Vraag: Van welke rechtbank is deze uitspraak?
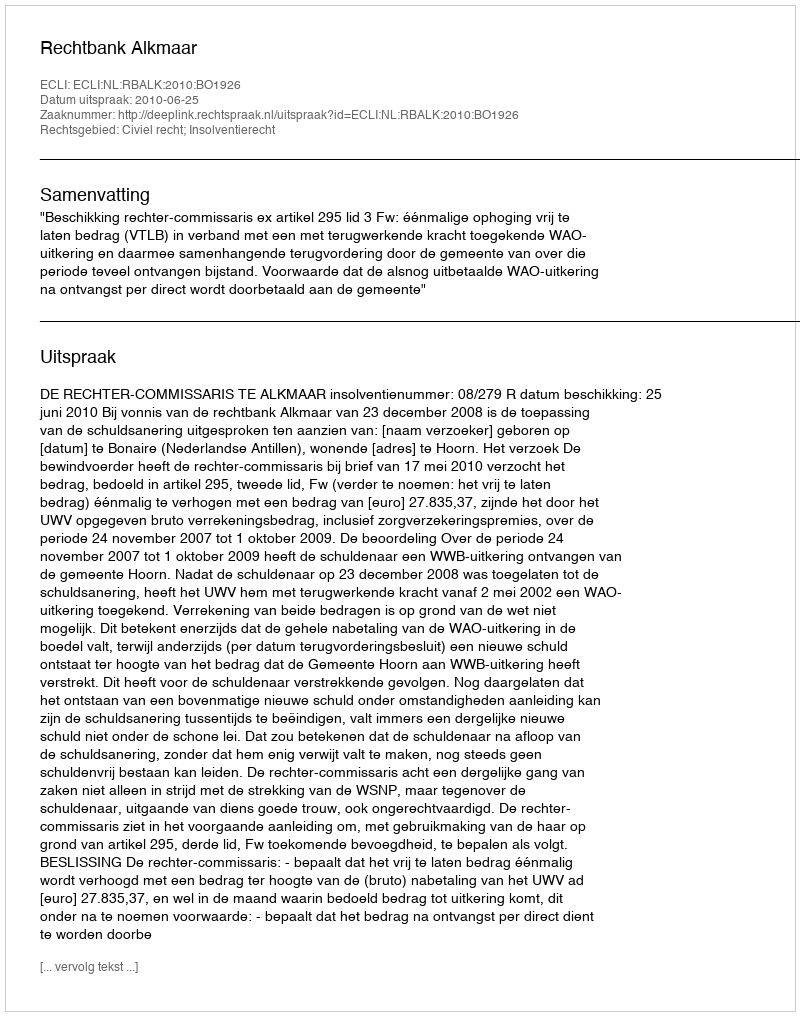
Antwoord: Rechtbank Alkmaar